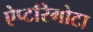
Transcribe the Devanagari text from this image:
ऐप्टरिगोटा